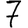
Digit: 7